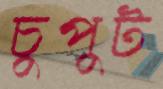
চুপুট